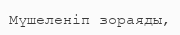
Мүшеленіп зораяды,